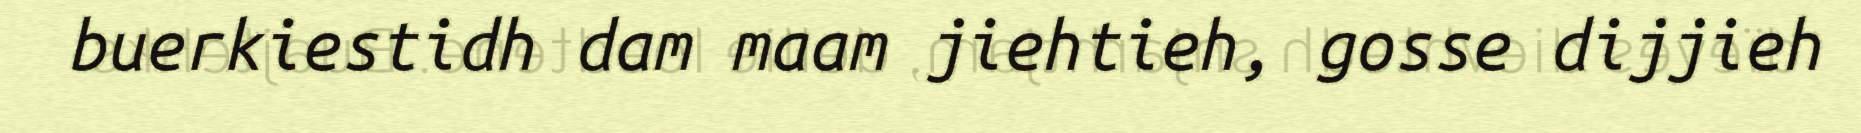
buerkiestidh dam maam jiehtieh, gosse dijjieh